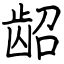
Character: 龆